Report on plague in the Punjab from October 1st ... to September 30th ..., being the ... season of plague in the province
Disease focus: Plague
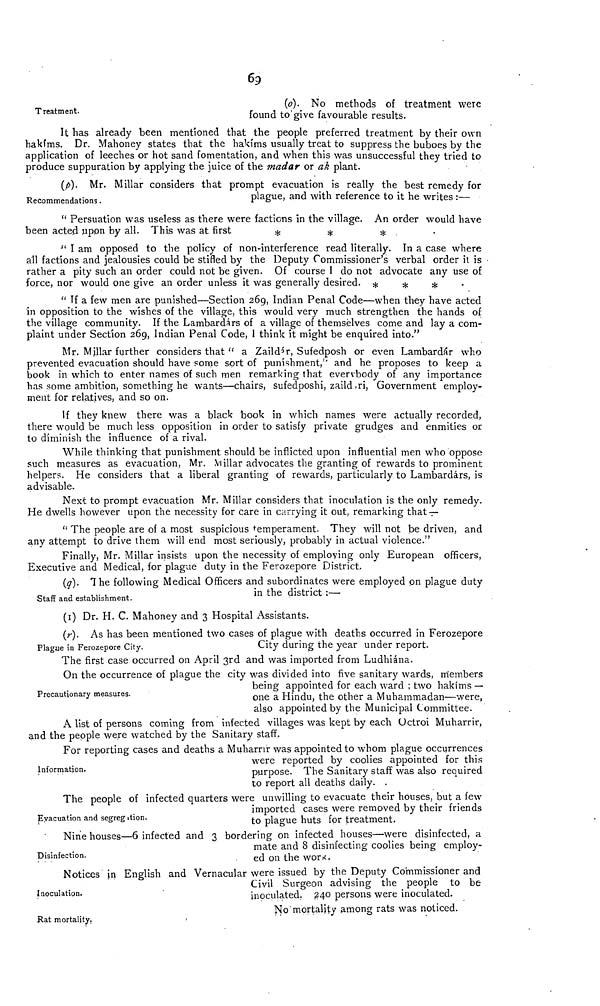
69
Treatment.
(o). No methods of treatment were
found to'give favourable results.
It has already been mentioned that the people preferred treatment by their own
hakims. Dr. Mahoney states that the hakims usually treat to suppress the buboes by the
application of leeches or hot sand fomentation, and when this was unsuccessful they tried to
produce suppuration by applying the iuice of the madar or ak plant.
Recommendations.
(p). Mr. Millar considers that prompt evacuation is really the best remedy for
plague, and with reference to it he writes :—
" Persuation was useless as there were factions in the village. An order would have
been acted upon by all. This was at
first
*
*
*
" I am opposed to the policy of non-interference read literally. In a case where
all factions and jealousies could be stifled by the Deputy Commissioner's verbal order it is
rather a pity such an order could not be given. Of course I do not advocate any use of
force, nor would one give an order unless it was generally desired.
*
*
*
•
" If a few men are punished—Section 269, Indian Penal Code—when they have acted
in opposition to the wishes of the village, this would very much strengthen the hands of
the village community. If the Lambardárs of a village of themselves come and lay a com-
plaint under Section 269, Indian Penal Code, 1 think it might be enquired into."
Mr. Millar further considers that " a Zaildár, Sufedposh or even Lambardár who
prevented evacuation should have some sort of punishment,'' and he proposes to keep a
book in which to enter names of such men remarking that everybody of any importance
has some ambition, something he wants—chairs, sufedposhi, zaild, ri, Government employ-
ment for relatives, and so on.
If they knew there was a black book in which names were actually recorded,
there would be much less opposition in order to satisfy private grudges and enmities or
to diminish the influence of a rival.
While thinking that punishment should be inflicted upon influential men who oppose
such measures as evacuation, Mr. Millar advocates the granting of rewards to prominent
helpers. He considers that a liberal granting of rewards, particularly to Lambardárs, is
advisable.
Next to prompt evacuation Mr. Millar considers that inoculation is the only remedy.
He dwells however upon the necessity for care in carrying it out, remarking that —
" The people are of a most suspicious temperament. They will not be driven, and
any attempt to drive them will end most seriously, probably in actual violence."
Finally, Mr. Millar insists upon the necessity of employing only European officers,
Executive and Medical, for plague duty in the Ferozepore District.
Staff and establishment.
(q). 1 he following Medical Officers and subordinates were employed on plague duty
in the district :—
(I) Dr. H. C. Mahoney and 3 Hospital Assistants.
Plague in Ferozepore City.
(r). As has been mentioned two cases of plague with deaths occurred in Ferozepore
City during the year under report.
The first case occurred on April 3rd and was imported from Ludhiana.
Precautionary measures.
On the occurrence of plague the city was divided into five sanitary wards, members
being appointed for each ward ; two hakims —
one a Hindu, the other a Muhammadan—were,
also appointed by the Municipal Committee.
A list of persons coming from infected villages was kept by each Octroi Muharrir,
and the people were watched by the Sanitary staff.
Information.
For reporting cases and deaths a Muharrir was appointed to whom plague occurrences
were reported by coolies appointed for this
purpose. The Sanitary staff was also required
to report all deaths daily.
Eyacuation and segregation.
The people of infected quarters were unwilling to evacuate their houses, but a few
imported cases were removed by their friends
to plague huts for treatment.
Disinfection.
Nine houses—6 infected and 3 bordering on infected houses—were disinfected, a
mate and 8 disinfecting coolies being employ-
ed on the work.
Inoculation.
Notices in English and Vernacular were issued by the Deputy Commissioner and
Civil Surgeon advising the people to be
inoculated. 240 persons were inoculated.
No mortality among rats was noticed.
Rat mortality.